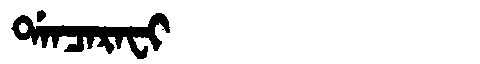
Manchu: ᡩᠠᠨᠴᠠᡵᠠᠸᡳ
Romanization: DANCARAFI